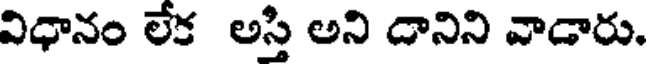
విధానం లేక అస్తి అని దానిని వాడారు.